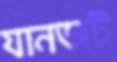
যানজট